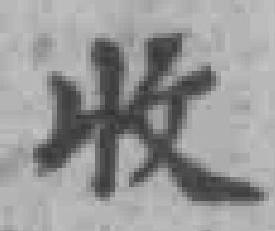
收